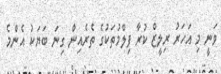
ވަނީ މި އަހަރު ރިލީޒް ކުރާ ފިލްމުތަކުގެ ތެރެއިން ގިނަ ބަޔަކު އެންމެ